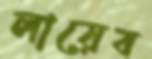
লায়েব